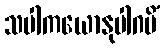
သပါကယောနုပါဂမိံ